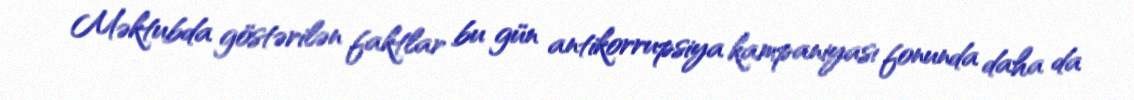
Məktubda göstərilən faktlar bu gün antikorrupsiya kampaniyası fonunda daha da